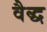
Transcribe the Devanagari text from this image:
वैद्ध